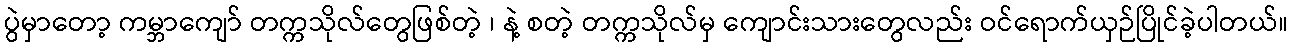
ပွဲမှာတော့ ကမ္ဘာကျော် တက္ကသိုလ်တွေဖြစ်တဲ့ ၊ နဲ့ စတဲ့ တက္ကသိုလ်မှ ကျောင်းသားတွေလည်း ဝင်ရောက်ယှဉ်ပြိုင်ခဲ့ပါတယ်။